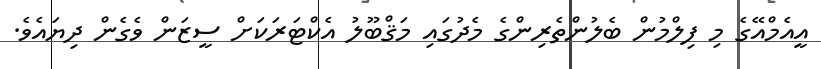
އީއެމްއޭގެ މި ފިލްމުން ބެލުންތެރިންގެ މެދުގައި މަޤްބޫލު އެކްޓަރަކަށް ސީޒަން ވެގެން ދިޔައެވެ.